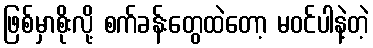
ဖြစ်မှာစိုးလို့ စက်ခန်းတွေထဲတော့ မဝင်ပါနဲ့တဲ့